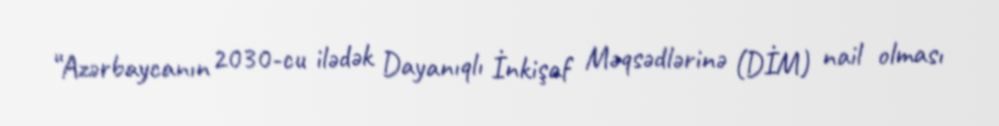
“Azərbaycanın 2030-cu ilədək Dayanıqlı İnkişaf Məqsədlərinə (DİM) nail olması